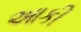
આકી